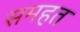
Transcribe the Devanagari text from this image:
समहत